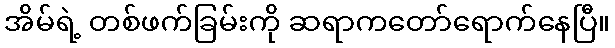
အိမ်ရဲ့ တစ်ဖက်ခြမ်းကို ဆရာကတော်ရောက်နေပြီ။